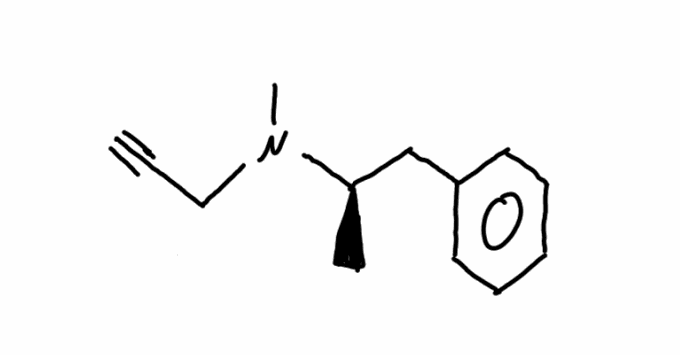
Simplified molecular-input line-entry system (SMILES) notation of the given molecule:
C[C@H](CC1=CC=CC=C1)N(C)CC#C